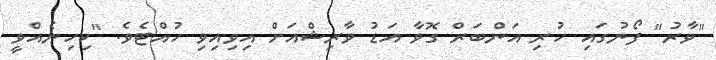
"ވާރު" ފޯނުގައި ހުރި އަންބަރް ގޮވާ އަޑު ވާރިޝްއަށް އިވިއިވި ހުއްޓެވެ. "ކިހިނެއްވީ